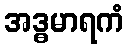
အဒ္ဓမာရကံ